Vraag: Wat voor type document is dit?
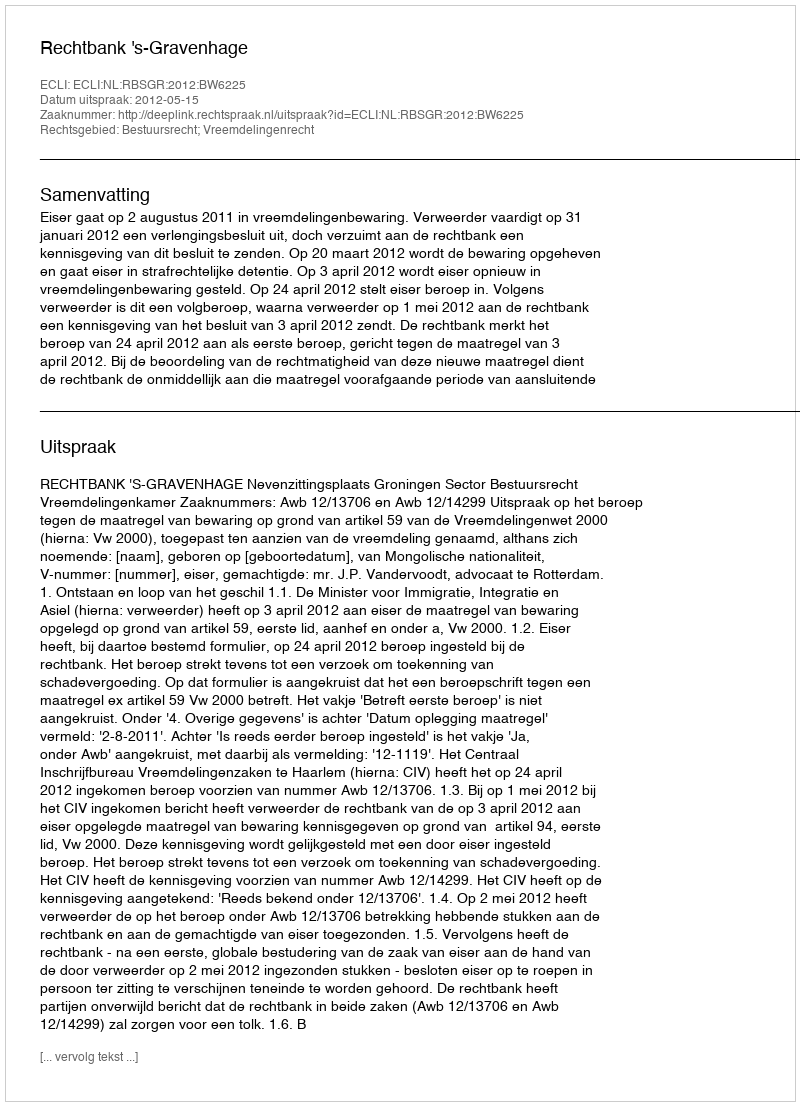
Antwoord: Uitspraak